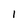
Character: l